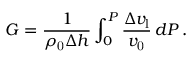
G = \frac { 1 } { \rho _ { \mathrm { 0 } } \Delta h } \int _ { 0 } ^ { P } \frac { \Delta v _ { \mathrm { l } } } { v _ { \mathrm { 0 } } } \, d P \, .